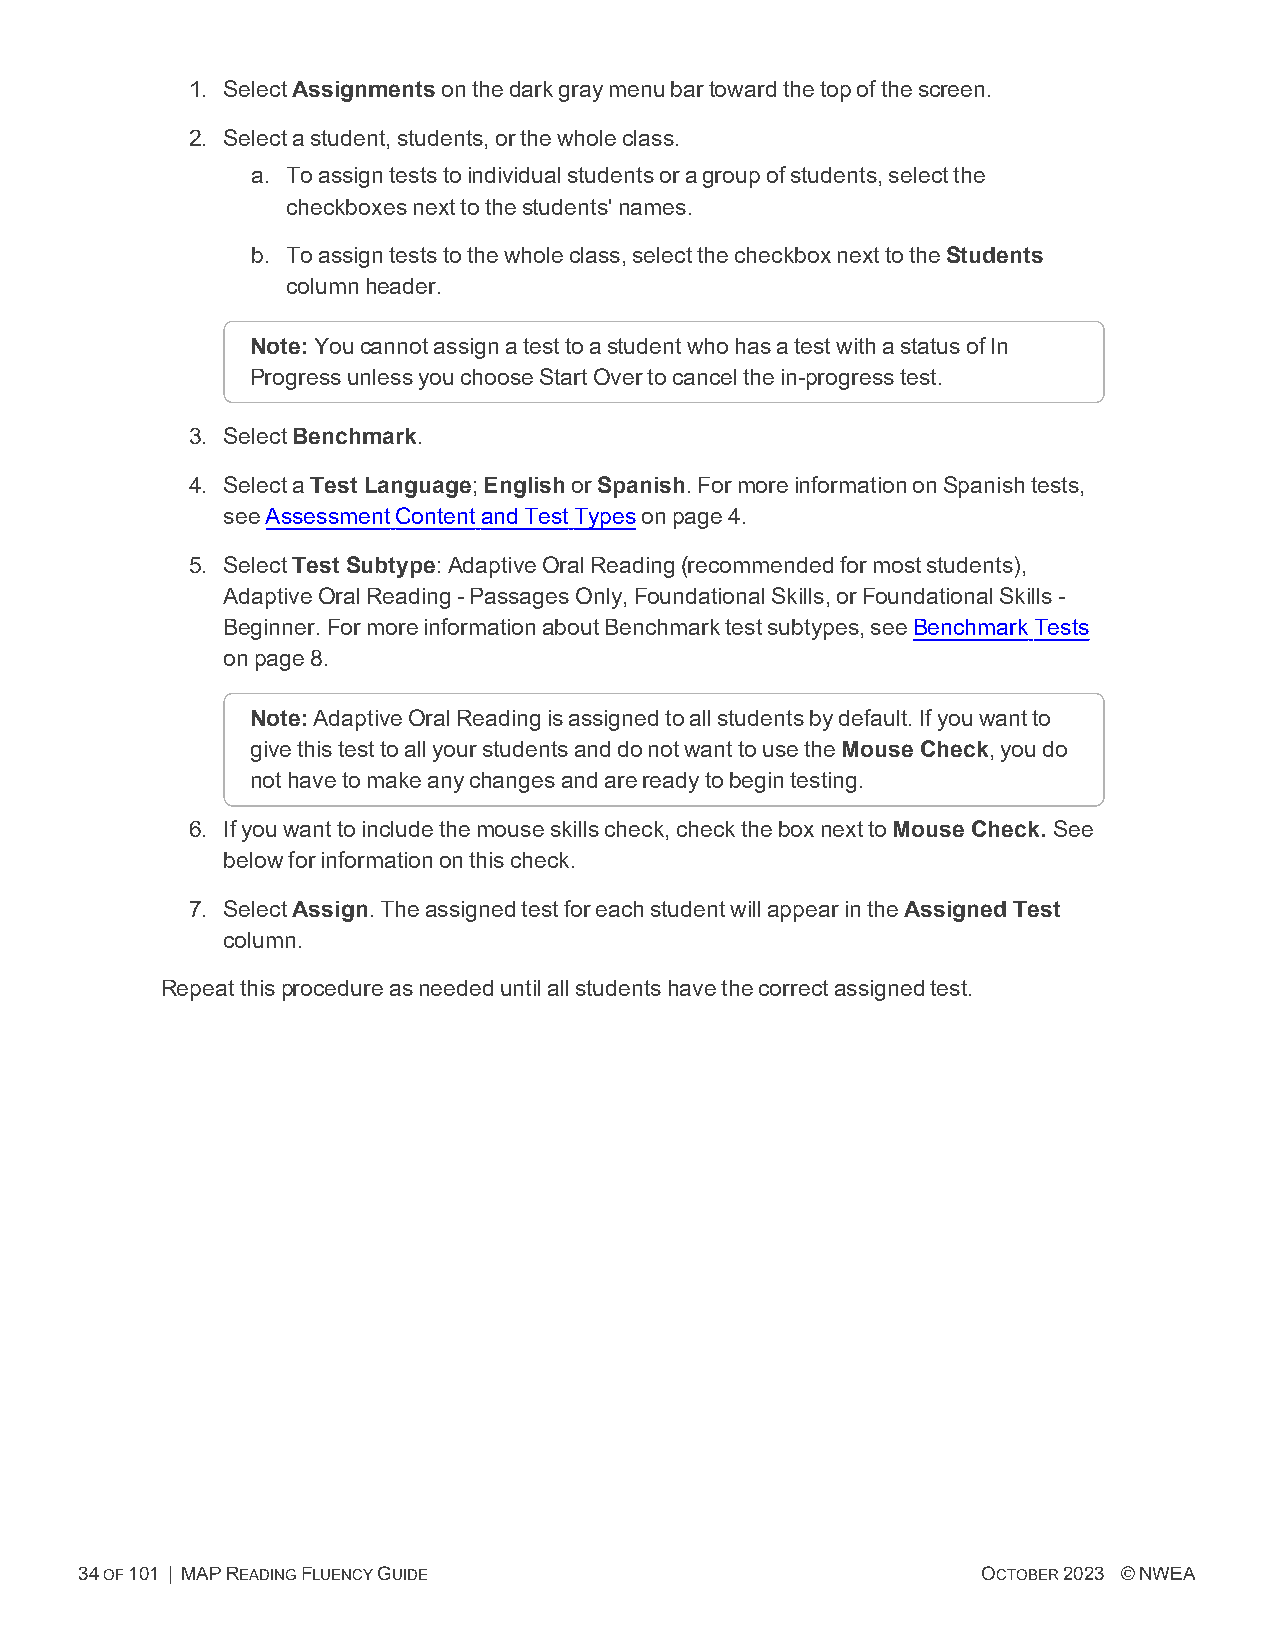
1. SelectAssignmentsonthedarkgraymenubartowardthetopofthescreen.
 2. Selectastudent,students,orthewholeclass.
 a. Toassignteststoindividualstudentsoragroupofstudents,selectthe
 checkboxesnexttothestudents'names.
 b. Toassignteststothewholeclass,selectthecheckboxnexttotheStudents
 columnheader.
 Note: YoucannotassignatesttoastudentwhohasatestwithastatusofIn
 ProgressunlessyouchooseStartOvertocancelthein-progresstest.
 3. SelectBenchmark.
 4. SelectaTest Language;EnglishorSpanish.FormoreinformationonSpanishtests,
 seeAssessmentContentandTestTypesonpage4.
 5. SelectTest Subtype:AdaptiveOralReading(recommendedformoststudents),
 AdaptiveOralReading-PassagesOnly,FoundationalSkills,orFoundationalSkills-
 Beginner.FormoreinformationaboutBenchmarktestsubtypes,seeBenchmarkTests
 onpage8.
 Note: AdaptiveOralReadingisassignedtoallstudentsbydefault.Ifyouwantto
 givethistesttoallyourstudentsanddonotwanttousetheMouse Check,youdo
 nothavetomakeanychangesandarereadytobegintesting.
 6. Ifyouwanttoincludethemouseskillscheck,checktheboxnexttoMouse Check. See
 belowforinformationonthischeck.
 7. SelectAssign.TheassignedtestforeachstudentwillappearintheAssigned Test
 column.
 Repeatthisprocedureasneededuntilallstudentshavethecorrectassignedtest.
 34OF101 | MAPREADINGFLUENCYGUIDE                            OCTOBER2023 ©NWEA